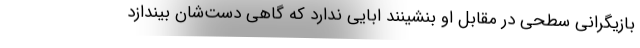
بازیگرانی سطحی در مقابل او بنشینند ابایی ندارد که گاهی دست‌شان بیندازد